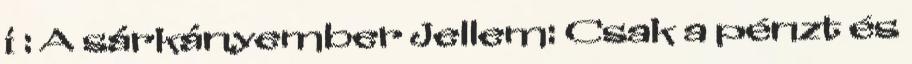
i : A sárkányember Jellem: Csak a pénzt és